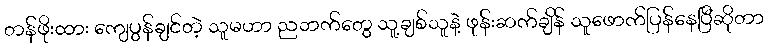
တန်ဖိုးထား ကျေပွန်ချင်တဲ့ သူမဟာ ညဘက်တွေ သူ့ချစ်သူနဲ့ ဖုန်းဆက်ချိန် သူဖောက်ပြန်နေပြီဆိုတာ